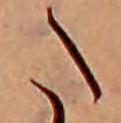
た